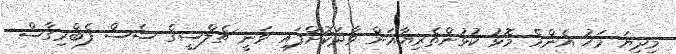
މިދިޔަ މަހު އެންމެ މޮޅު ކުޅުންތެރިޔާއަށް ވާދަކޮށްފައި ވަނީ ޗެލްސީގެ ސެސް ފެބްރިގާސް